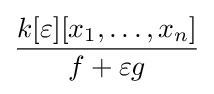
{\frac {k[\varepsilon ][x_{1},\ldots ,x_{n}]}{f+\varepsilon g}}